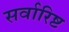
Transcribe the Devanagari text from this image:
सर्वारिष्ट